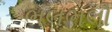
ભલભલો